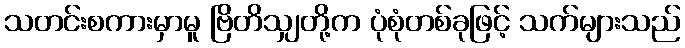
သတင်းစကားမှာမူ ဗြိတိသျှတို့က ပုံစုံတစ်ခုဖြင့် သက်များသည်